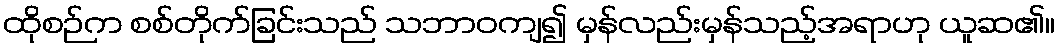
ထိုစဉ်က စစ်တိုက်ခြင်းသည် သဘာဝကျ၍ မှန်လည်းမှန်သည့်အရာဟု ယူဆ၏။